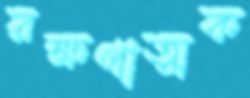
রক্ষণাত্মক